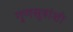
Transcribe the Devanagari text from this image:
गुणसूत्रांशी